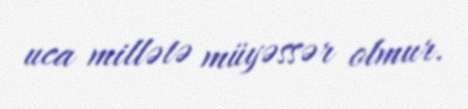
uca millətə müyəssər olmur.